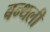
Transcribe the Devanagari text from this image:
बन्थली